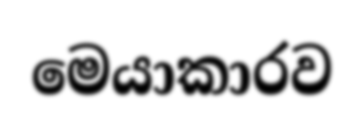
මෙයාකාරව